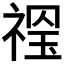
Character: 𥚼